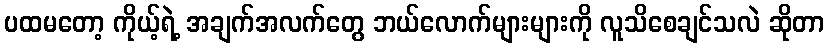
ပထမတော့ ကိုယ့်ရဲ့ အချက်အလက်တွေ ဘယ်လောက်များများကို လူသိစေချင်သလဲ ဆိုတာ